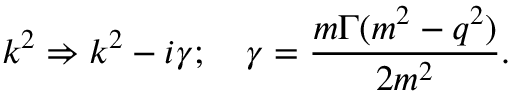
k ^ { 2 } \Rightarrow k ^ { 2 } - i \gamma ; \quad \gamma = \frac { m \Gamma ( m ^ { 2 } - q ^ { 2 } ) } { 2 m ^ { 2 } } .